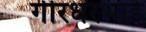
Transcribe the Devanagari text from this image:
गीरधरभाई